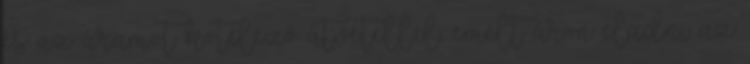
és az áramot kötelező átvétellel, emelt áron eladni az